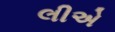
લીએ